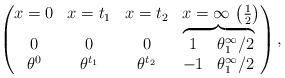
LaTeX: \begin{gather*}\left(\begin{matrix} x=0 & x=t_1 & x=t_2 & x=\infty \, \left( \frac12 \right)\\\begin{matrix}0 \\ \theta^0 \end{matrix} &\begin{matrix}0 \\ \theta^{t_1} \end{matrix} &\begin{matrix}0 \\ \theta^{t_2} \end{matrix} &\overbrace{\begin{matrix} 1 & \theta^\infty_1/2 \\ -1 & \theta^\infty_1/2 \end{matrix}}\ \end{matrix}\right) ,\end{gather*}